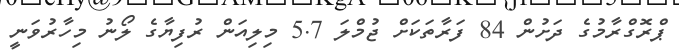
ޕްރޮގްރާމުގެ ދަށުން 84 ފަރާތަކަށް ޖުމްލަ 5.7 މިލިއަން ރުފިޔާގެ ލޯނު މިހާރުވަނީ